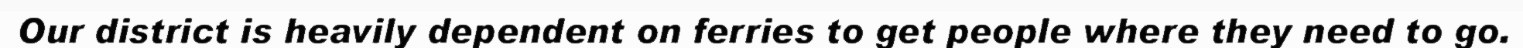
Our district is heavily dependent on ferries to get people where they need to go.